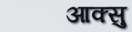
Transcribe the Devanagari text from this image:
आक्सु